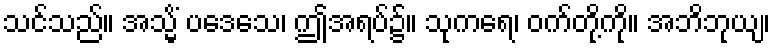
သင်သည်။ အသ္မိံ ပဒေသေ၊ ဤအရပ်၌။ သုကရေ၊ ဝက်တို့ကို။ အဘိဘုယျ၊